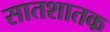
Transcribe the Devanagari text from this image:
सातशातक